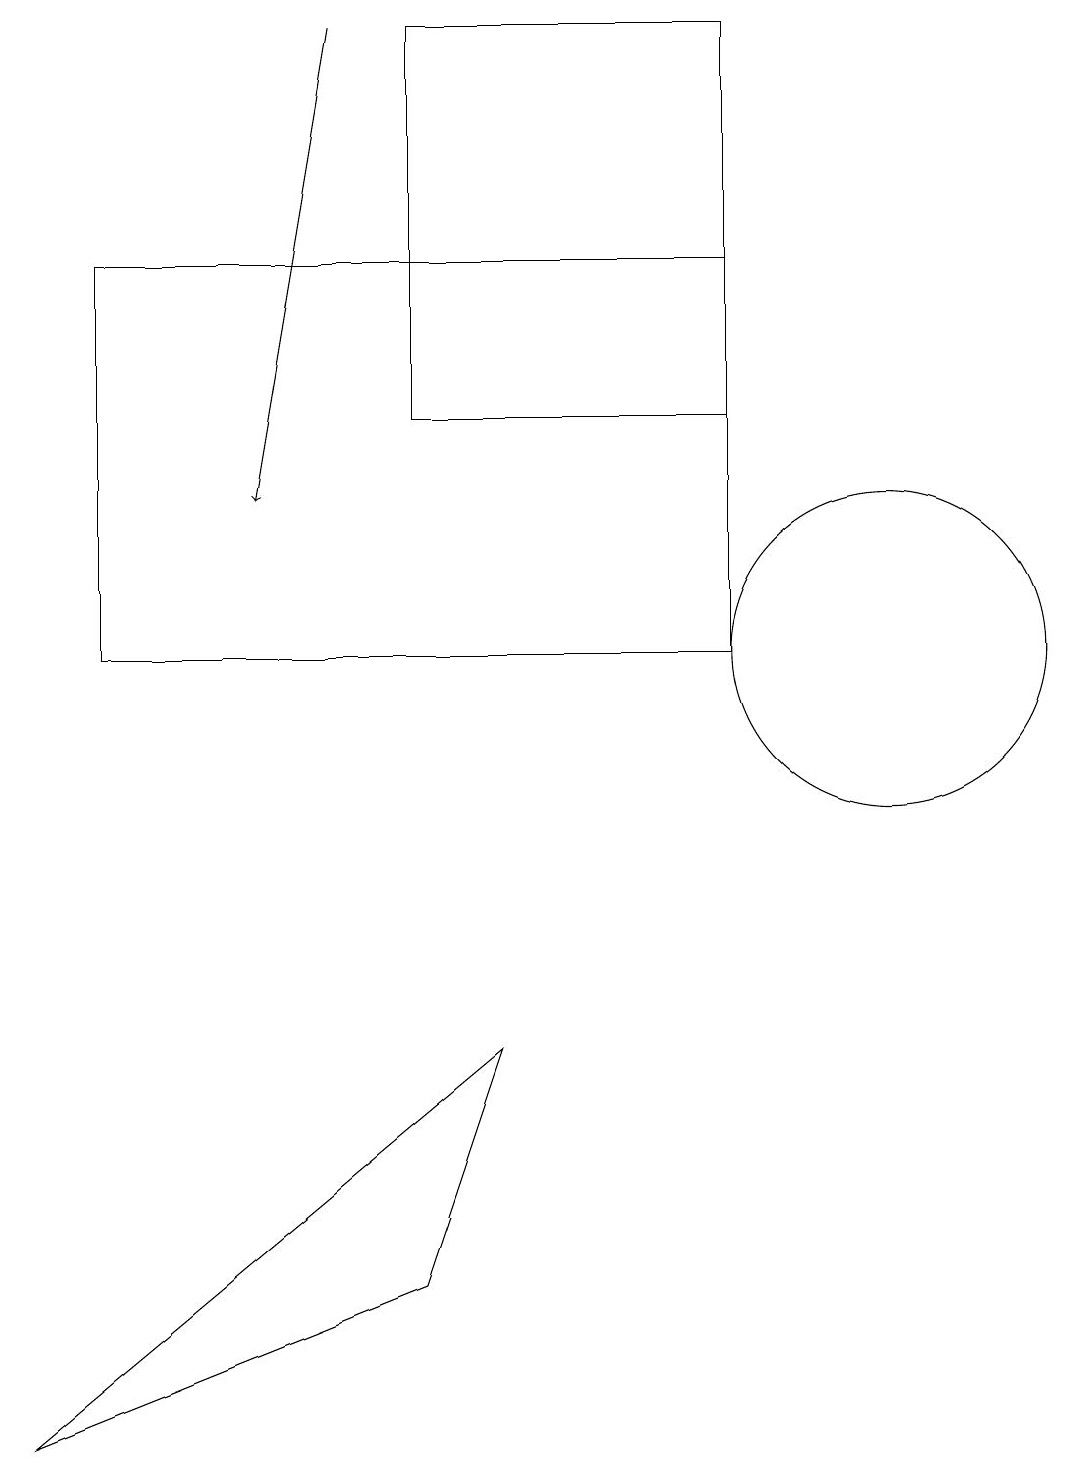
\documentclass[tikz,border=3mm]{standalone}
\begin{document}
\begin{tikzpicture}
\draw (6,5) -- (0,0) -- (5,2) -- cycle;
\draw[->] (4,18) -- (3,12);
\draw (9,13) rectangle (5,18);
\draw (9,10) rectangle (1,15);
\draw (11,10) circle (2);
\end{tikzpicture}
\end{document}